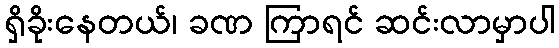
ရှိခိုးနေတယ်၊ ခဏ ကြာရင် ဆင်းလာမှာပါ